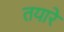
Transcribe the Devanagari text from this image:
तयारे